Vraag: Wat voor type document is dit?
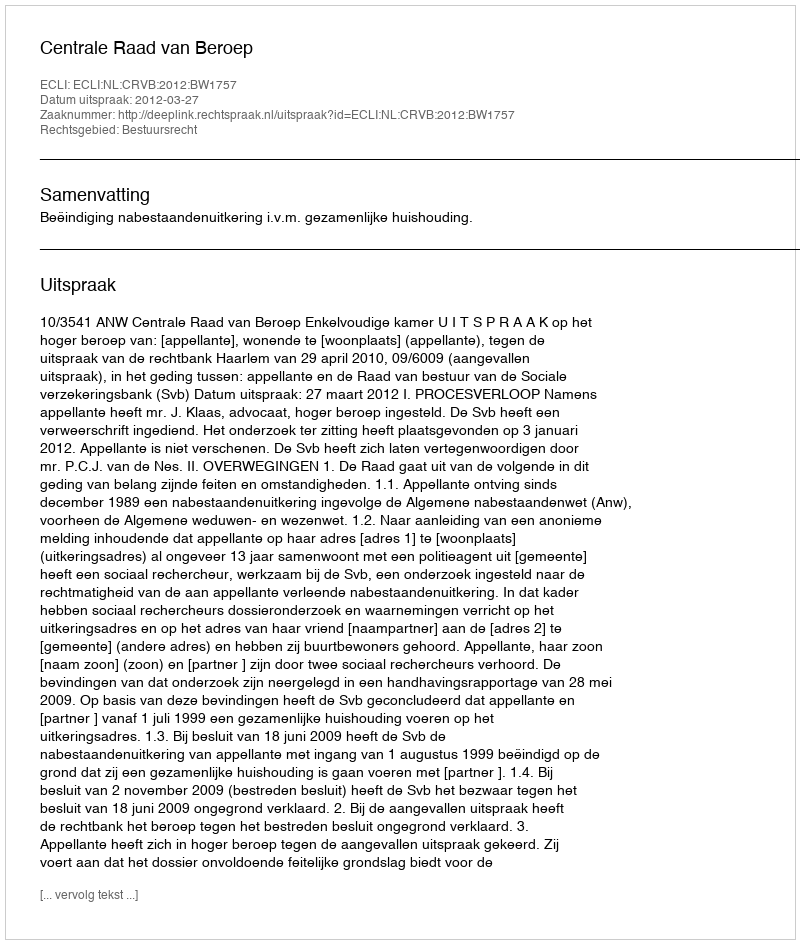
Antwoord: Uitspraak